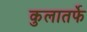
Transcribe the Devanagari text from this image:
कुलातर्फे